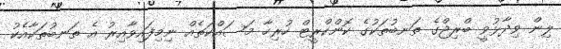
ލިން ވިދާޅުވީ ބްރިޖްގެ ތަނބުތަކުގެ ކޮންކްރީޓް ހުރިހާ މަސައްކަތެއް ނިމިފައިވާއިރު އެ ތަނބުތަކާއެކު